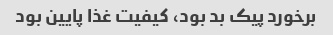
برخورد پیک بد بود، کیفیت غذا پایین بود